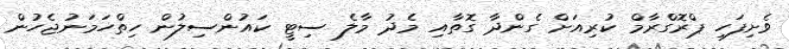
ވެށިފަހި ޕްރޮގްރާމް ކުރިއަށް ގެންދާ ގޮތާއި މެދު މާލެ ސިޓީ ކައުންސިލުން ހިތްހަމަނުޖެހުން